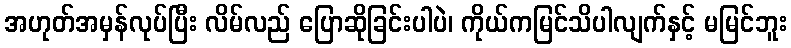
အဟုတ်အမှန်လုပ်ပြီး လိမ်လည် ပြောဆိုခြင်းပါပဲ၊ ကိုယ်ကမြင်သိပါလျက်နှင့် မမြင်ဘူး